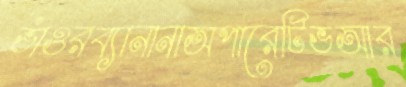
ভাঁওরব্যানানাঅপারেটিভআর